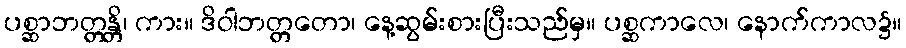
ပစ္ဆာဘတ္တန္တိ၊ ကား။ ဒိဝါဘတ္တတော၊ နေ့ဆွမ်းစားပြီးသည်မှ။ ပစ္ဆကာလေ၊ နောက်ကာလ၌။